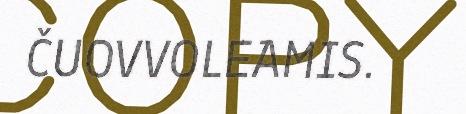
ČUOVVOLEAMIS.